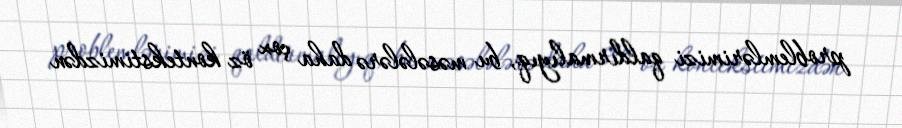
problemlərimizi qaldırmalıyıq, bu məsələlərə daha çox öz kontekstimizdən